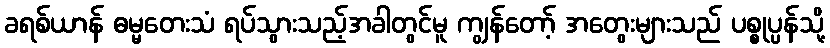
ခရစ်ယာန် ဓမ္မတေးသံ ရပ်သွားသည့်အခါတွင်မူ ကျွန်တော့် အတွေးများသည် ပစ္စုပ္ပန်သို့